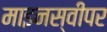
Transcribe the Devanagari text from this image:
माइनस्वीपर